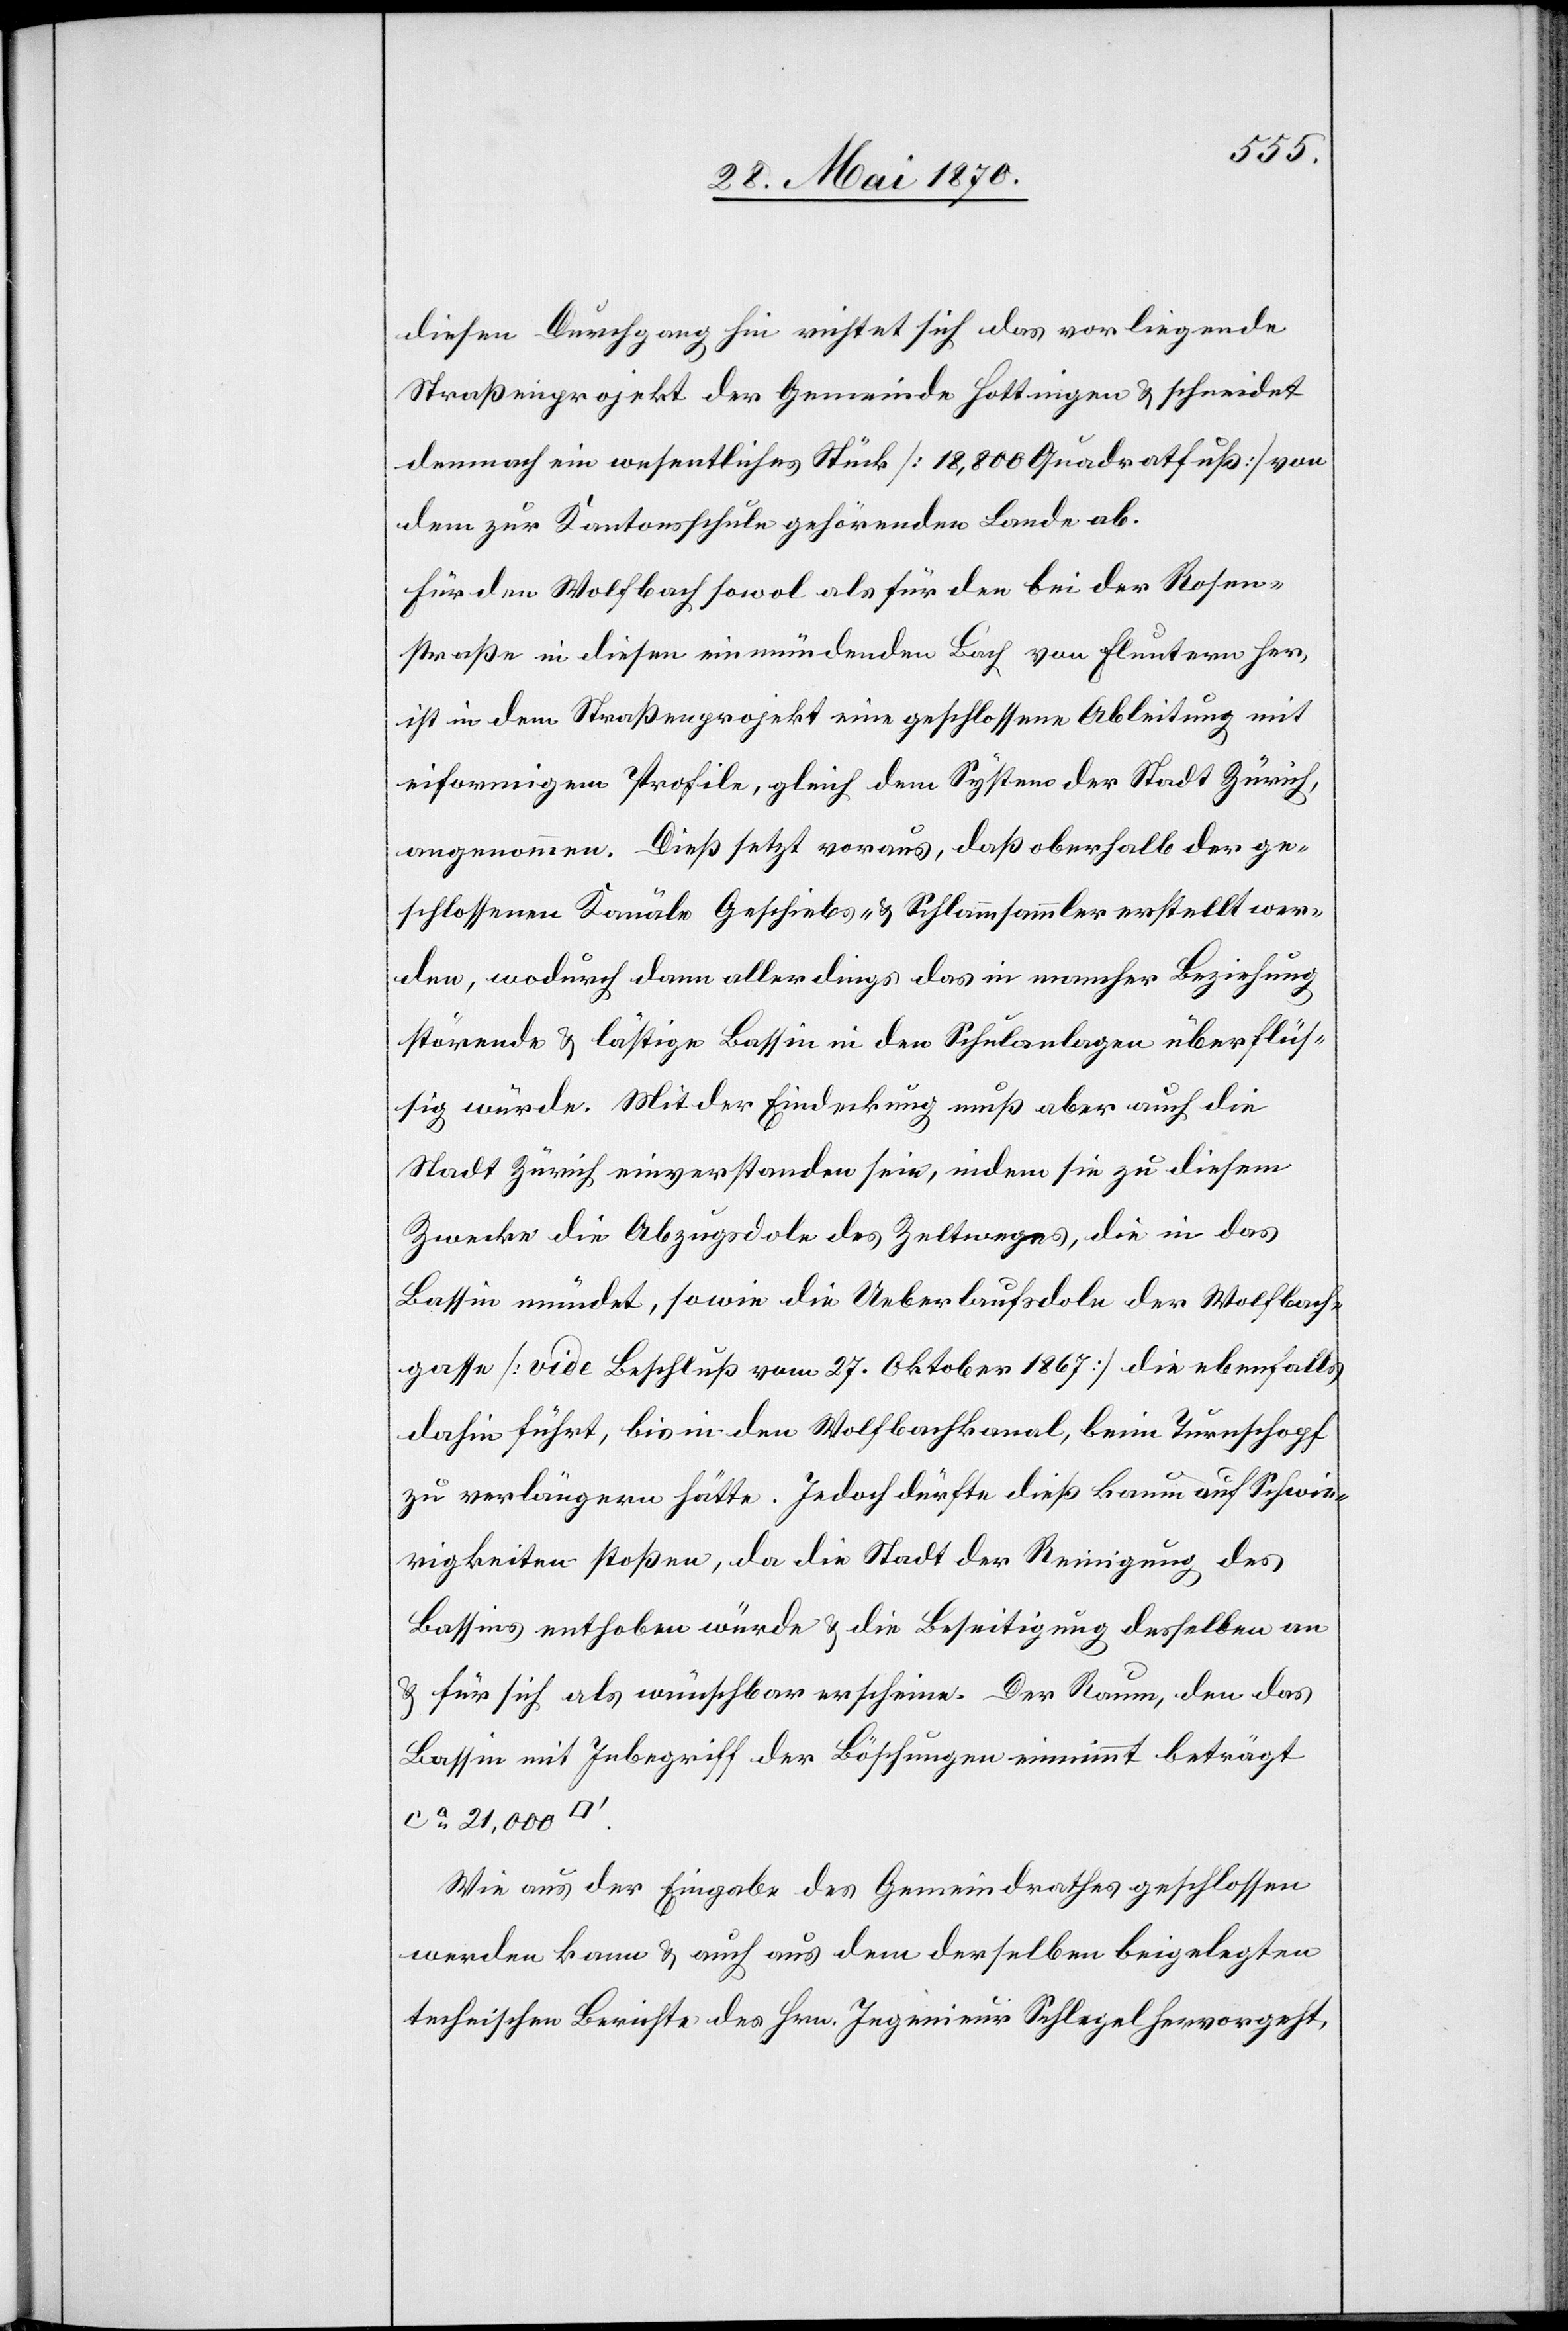
diesen Durchgang hin richtet sich das vorliegende
Straßenprojekt der Gemeinde Hottingen & schneidet
demnach ein wesentliches Stück [18,8000 Quadratfuß] von
dem zur Kantonsschule gehörenden Lande ab.
Für den Wolfbach sowol als für den bei der Rosen¬
straße in diesen einmündenden Bach von Fluntern her,
ist in dem Straßenprojekt eine geschlossene Ableitung mit
eiformigem [sic!] Profile, gleich dem System der Stadt Zürich,
angenommen. Dieß setzt voraus, daß oberhalb der ge¬
schlossenen Kanäle Geschiebs- & Schlammsammler erstellt wer¬
den, wodurch dann allerdings das in mancher Beziehung
störende & lästige Bassin in den Schulanlagen überflüs¬
sig würde. Mit der Eindeckung muß aber auch die
Stadt Zürich einverstanden sein, indem sie zu diesem
Zwecke die Abzugsdole des Zeltweges, die in das
Bassin mündet, sowie die Ueberlaufsdole der Wolfbach¬
gasse [vide Beschluß vom 27. Oktober 1867] die ebenfalls
dahin führt, bis in den Wolfbachkanal, beim Turnschopf
zu verlängern hätte. Jedoch dürfte dieß kaum auf Schwie¬
rigkeiten stoßen, da die Stadt der Reinigung des
Bassins enthoben würde & die Beseitigung desselben an
& für sich als wünschbar erscheine. Der Raum, den das
Bassin mit Inbegriff der Böschungen einnimmt beträgt
ca 21,000
Wie aus der Eingabe des Gemeindrathes geschlossen
werden kann & auch aus dem derselben beigelegten
technischen Berichte des Hrn. Ingenieur Schlegel hervorgeht,